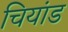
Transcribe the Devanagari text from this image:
चियांड